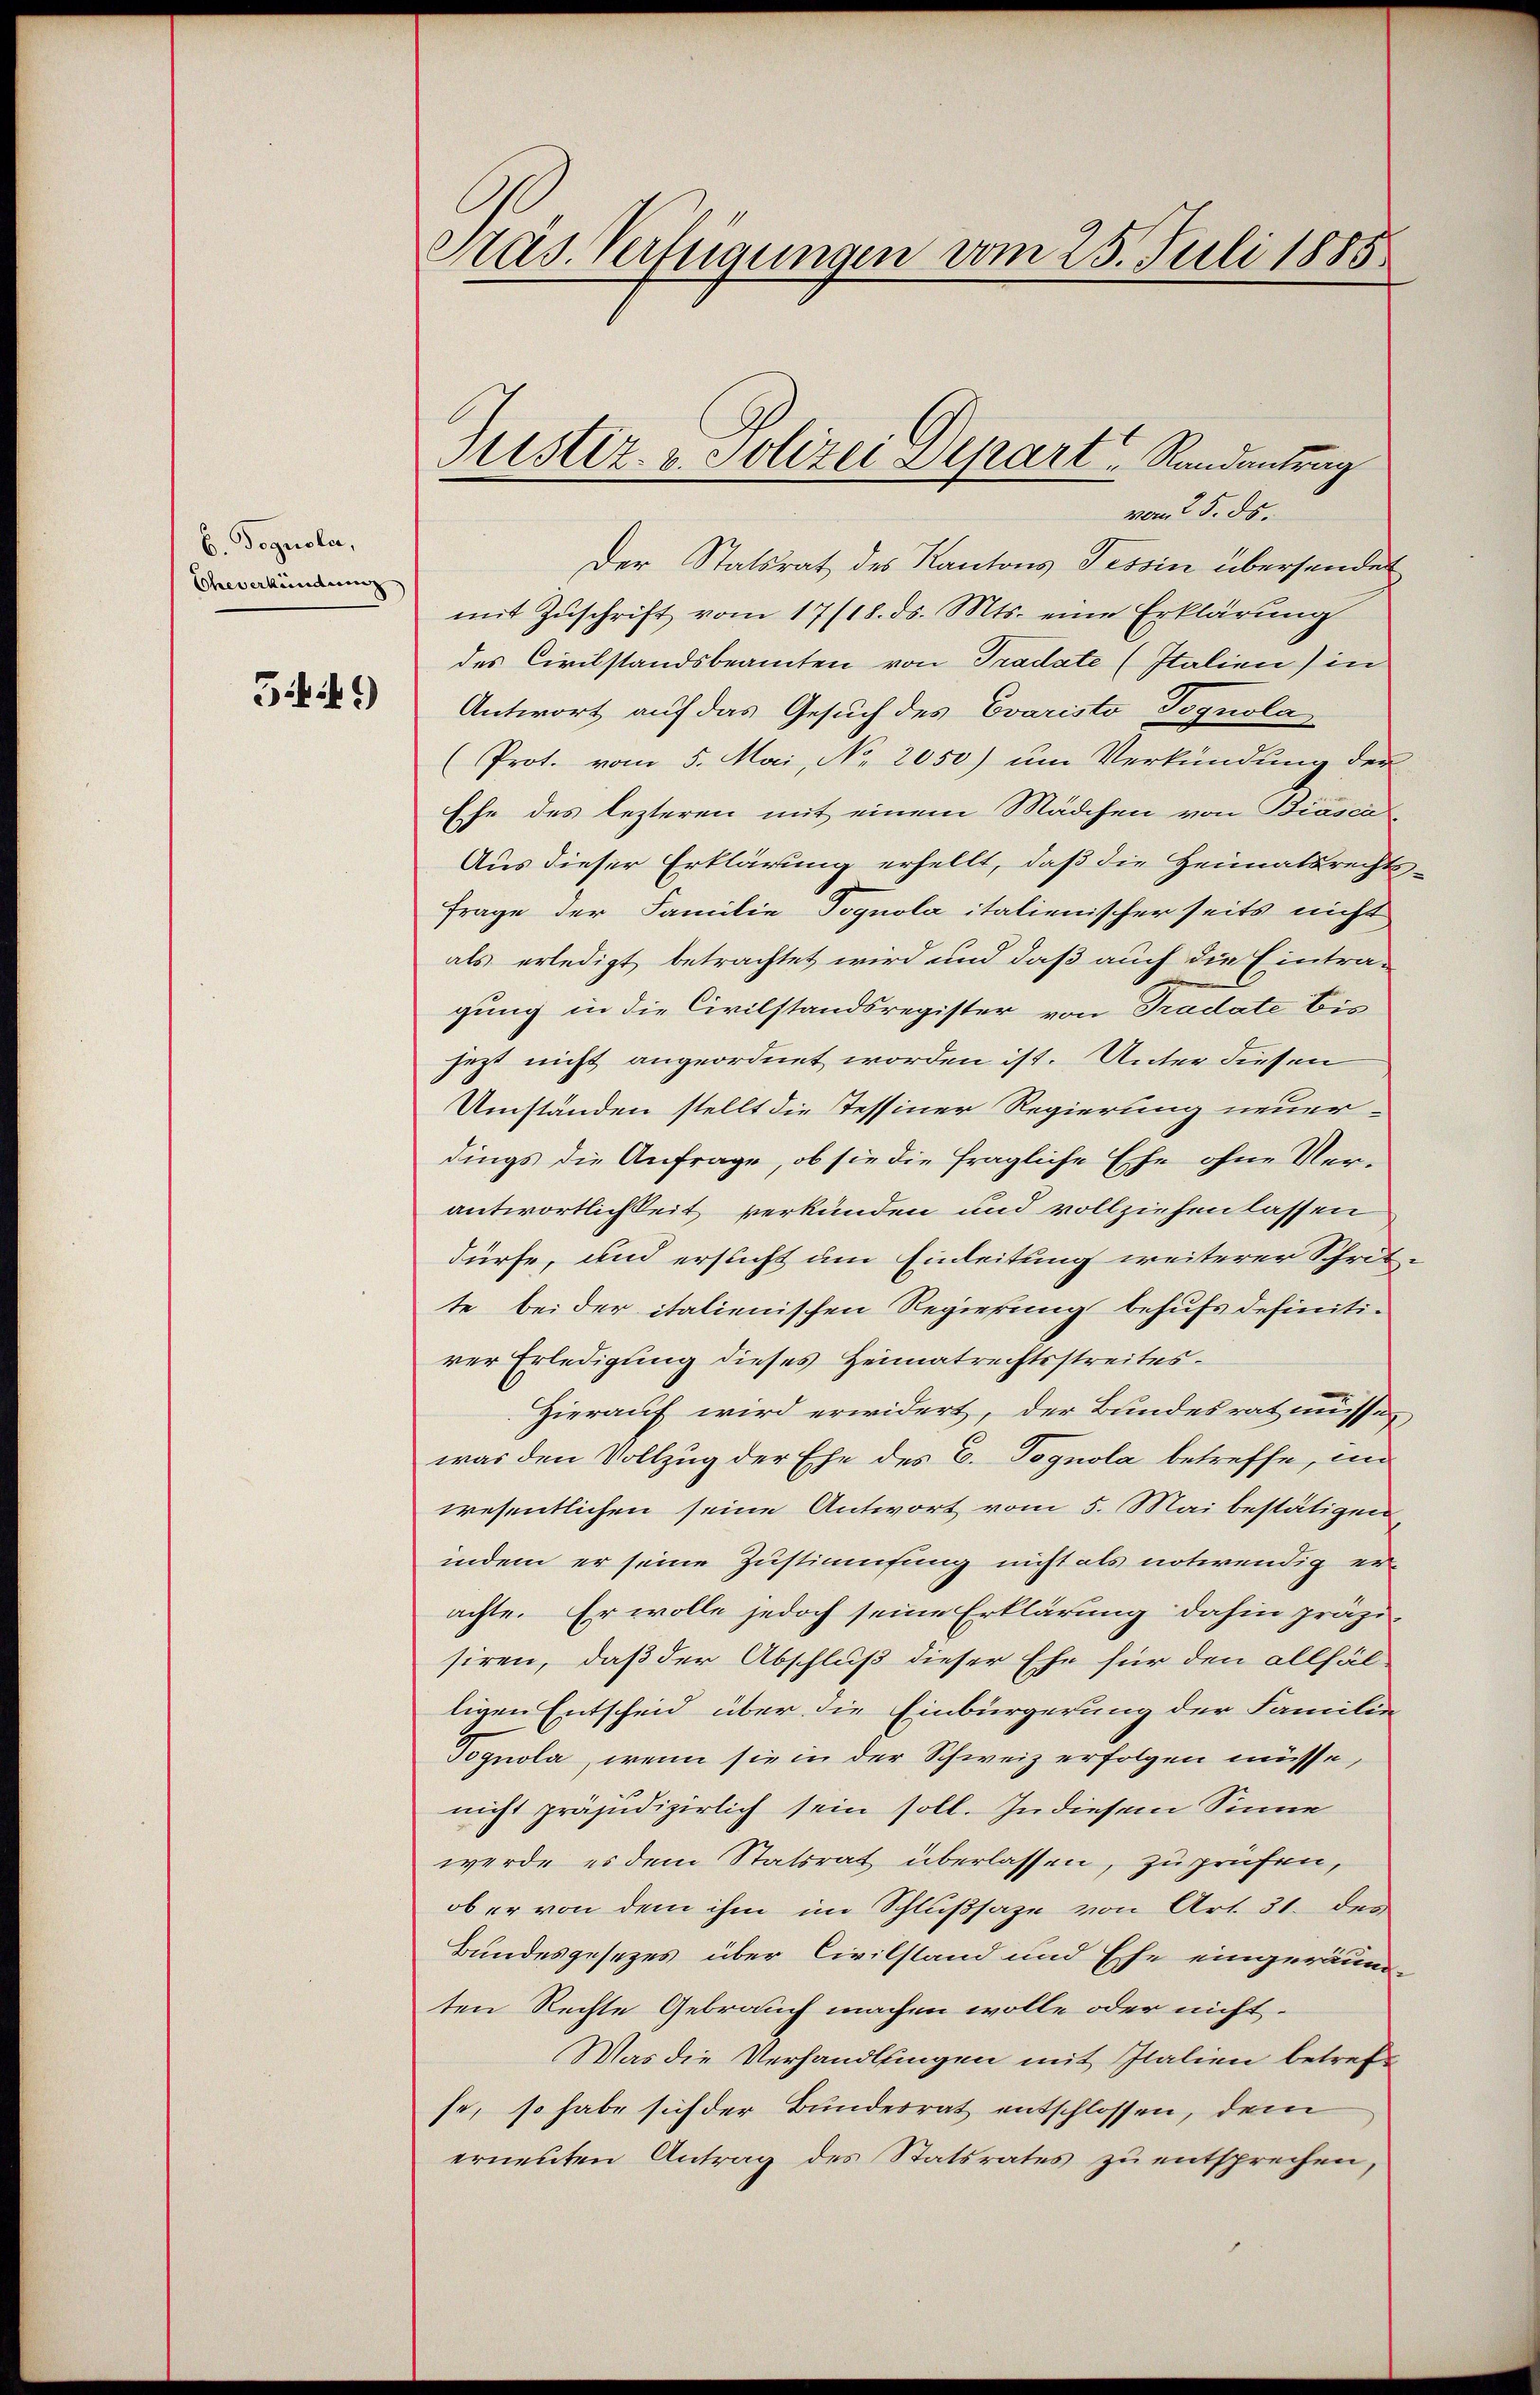
b. Dognola,
Eheverkündung

549)

Präs. Verfügungen vom 25. Juli 1885

vom 25. ds.
Der Statsrat des Kantons Tessin übersendet
mit Zŭschrift vom 17/18. ds. Mts. eine Erklärung
des Civilstandsbeamten von Tradate (Italien) in
Antwort auf das Gesuch des Evaristo Tognola
(Prot. vom 5. Mai, No. 2050) um Verkündung der
Ehe des lezteren mit einem Mädchen von Biasca-
Aus dieser Erklärung erhellt, daß die Heimatsrechts¬
Frage der Familie Vognola italienischer seits nicht
als erledigt betrachtet wird und daß auch die Eintra-
gung in die Civilstandsregister von Tradate bis
jezt nicht angeordnet worden ist. Unter diesen
Umständen stellt die Tessiner Regierung neuer-
dings die Anfrage, ob sie die fragliche Ehe ohne Ver-
antwortlichkeit verkünden und vollziehen lassen
dürfe, und ersucht um Einleitung weiterer Schritte bei der italienischen Regierung behufs definiti-
rer Erledigung dieses Heimatrechtsstreites
Hierauf wird erwidert, der Bundesrat müsse
was den Vollzug der Ehe des E. Pognola betreffe, in
wesentlichen seine Antwort vom 5. Mai bestätigen,
indem er seine Zustimmung nicht als notwendig erachte. Er wolle jedoch seine Erklärung dahin präzi-
siren, daß der Abschluß dieser Ehe für den allfäl
tigen Entscheid über die Einbürgerung der Familie
Tognola, wenn sie in der Schweiz erfolgen müsse,
nicht präjudizierlich sein soll. In diesem Sinne
werde es dem Statsrat überlassen, zu prüfen,
ob er von dem ihm im Schlußsaze von Art. 31. des
Bundesgesezes über Civilstand und Ehe eingeräumten Rechte Gebrauch machen wolle oder nicht
Was die Verhandlungen mit Italien betreffe, so habe sich der Bundesrat entschlossen, dem
erneuten Antrag des Statsrates zu entsprechen,

Justiz- & Polizei Depart Randantrag